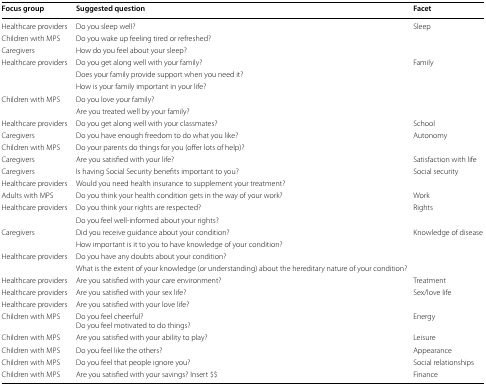
<table><thead><tr><td><b>Focus group</b></td><td><b>Suggested question</b></td><td><b>Facet</b></td></tr></thead><tbody><tr><td>Healthcare providers</td><td>Do you sleep well?</td><td rowspan="2">Sleep</td></tr><tr><td>Children with MPS</td><td>Do you wake up feeling tired or refreshed?</td></tr><tr><td>Caregivers</td><td>How do you feel about your sleep?</td><td></td></tr><tr><td rowspan="3">Healthcare providers</td><td>Do you get along well with your family?</td><td rowspan="5">Family</td></tr><tr><td>Does your family provide support when you need it?</td></tr><tr><td>How is your family important in your life?</td></tr><tr><td rowspan="2">Children with MPS</td><td>Do you love your family?</td></tr><tr><td>Are you treated well by your family?</td></tr><tr><td>Healthcare providers</td><td>Do you get along well with your classmates?</td><td>School</td></tr><tr><td>Caregivers</td><td>Do you have enough freedom to do what you like?</td><td rowspan="2">Autonomy</td></tr><tr><td>Children with MPS</td><td>Do your parents do things for you (offer lots of help)?</td></tr><tr><td>Caregivers</td><td>Are you satisfied with your life?</td><td>Satisfaction with life</td></tr><tr><td>Caregivers</td><td>Is having Social Security benefits important to you?</td><td>Social security</td></tr><tr><td>Healthcare providers</td><td>Would you need health insurance to supplement your treatment?</td><td></td></tr><tr><td>Adults with MPS</td><td>Do you think your health condition gets in the way of your work?</td><td>Work</td></tr><tr><td>Healthcare providers</td><td>Do you think your rights are respected?</td><td>Rights</td></tr><tr><td></td><td>Do you feel well-informed about your rights?</td><td></td></tr><tr><td>Caregivers</td><td>Did you receive guidance about your condition?</td><td>Knowledge of disease</td></tr><tr><td></td><td>How important is it to you to have knowledge of your condition?</td><td></td></tr><tr><td>Healthcare providers</td><td>Do you have any doubts about your condition?</td><td></td></tr><tr><td></td><td>What is the extent of your knowledge (or understanding) about the hereditary nature of your condition?</td><td></td></tr><tr><td>Healthcare providers</td><td>Are you satisfied with your care environment?</td><td>Treatment</td></tr><tr><td>Healthcare providers</td><td>Are you satisfied with your sex life?</td><td>Sex/love life</td></tr><tr><td>Healthcare providers</td><td>Are you satisfied with your love life?</td><td></td></tr><tr><td>Children with MPS</td><td>Do you feel cheerful?Do you feel motivated to do things?</td><td>Energy</td></tr><tr><td>Children with MPS</td><td>Are you satisfied with your ability to play?</td><td>Leisure</td></tr><tr><td>Children with MPS</td><td>Do you feel like the others?</td><td>Appearance</td></tr><tr><td>Children with MPS</td><td>Do you feel that people ignore you?</td><td>Social relationships</td></tr><tr><td>Children with MPS</td><td>Are you satisfied with your savings? Insert $$</td><td>Finance</td></tr></tbody></table>